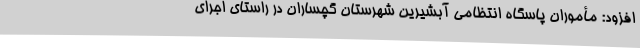
افزود: مأموران پاسگاه انتظامی آبشیرین شهرستان گچساران در راستای اجرای